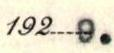
1929.